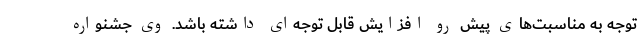
توجه به مناسبت‌های پیش رو افزایش قابل توجه‌ای داشته باشد. وی جشنواره